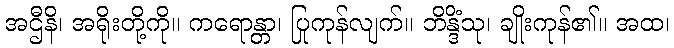
အဌီနိ၊ အရိုးတို့ကို။ ကရောန္တာ၊ ပြုကုန်လျက်။ ဘိန္ဒိံသု၊ ချိုးကုန်၏။ အထ၊